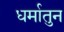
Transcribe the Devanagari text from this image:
धर्मातुन